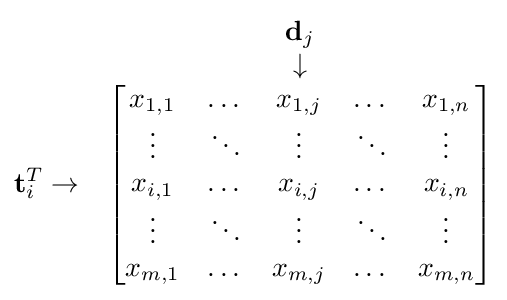
{\begin{matrix}&{\textbf {d}}_{j}\\&\downarrow \\{\textbf {t}}_{i}^{T}\rightarrow &{\begin{bmatrix}x_{1,1}&\dots &x_{1,j}&\dots &x_{1,n}\\\vdots &\ddots &\vdots &\ddots &\vdots \\x_{i,1}&\dots &x_{i,j}&\dots &x_{i,n}\\\vdots &\ddots &\vdots &\ddots &\vdots \\x_{m,1}&\dots &x_{m,j}&\dots &x_{m,n}\\\end{bmatrix}}\end{matrix}}